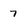
Character: 7